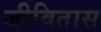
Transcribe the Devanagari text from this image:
जीवितास